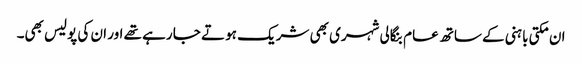
ان مکتی باہنی کے ساتھ عام بنگالی شہری بھی شریک ہو تے جا رہے تھے اور ان کی پولیس بھی۔